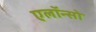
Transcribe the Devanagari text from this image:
एलॉन्सो